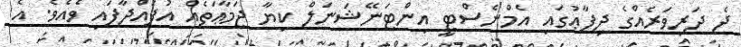
ދެ ދަރިވަރެއްގެ ދިފާޢުގައި އެމްނެސްޓީ އިންޓަނޭޝަނަލް ކިޔާ ޖަމާޢަތެއް އުފައްދާފައި ވެއެވެ. އެ